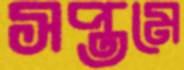
সপ্তমে